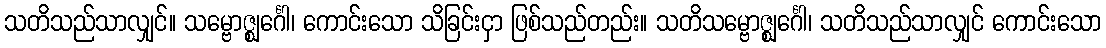
သတိသည်သာလျှင်။ သမ္ဗောဇ္ဈင်္ဂေါ၊ ကောင်းသော သိခြင်းငှာ ဖြစ်သည်တည်း။ သတိသမ္ဗောဇ္ဈင်္ဂေါ၊ သတိသည်သာလျှင် ကောင်းသော